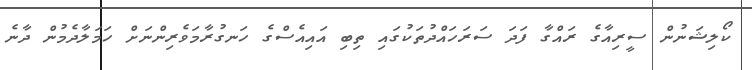
ކޯލިޝަނުން ސީރިއާގެ ރައްގާ ފަދަ ސަރަހައްދުތަކުގައި ތިބި އައިއެސްގެ ހަނގުރާމަވެރިންނަށް ހަމަލާދެމުން ދާނެ